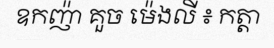
ឧកញ៉ា គួច ម៉េងលី ៖ កត្តា